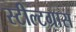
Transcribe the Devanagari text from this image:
स्टील्टग्रास